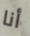
أنا